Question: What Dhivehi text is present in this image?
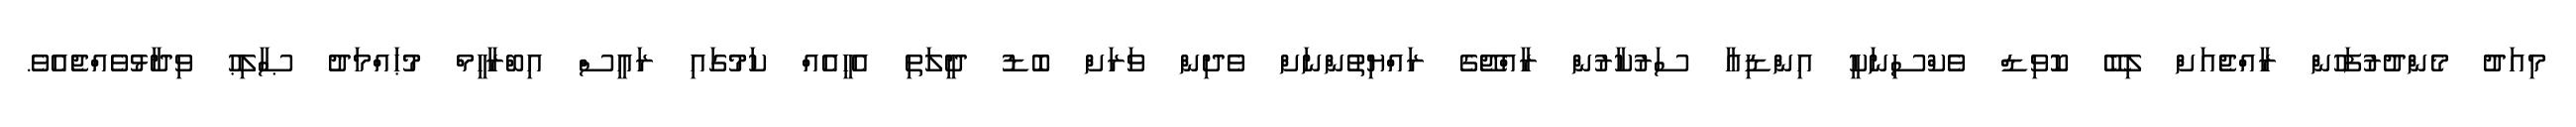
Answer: މިއަދު މެންދުރުފަހުން ރާއްޖެއަށް ލިބޭ ކޮވިޑް ވެކްސިނަކީ އިންޑިއާ ސަރުކާރުން ރާއްޖޭގެ ރައްޔިތުންނަށް ވެދިން ވަރަށް ބޮޑު ދީލަތި އެހީއެއް ކަމުގައި ރައީސް އިބްރާހީމް މުޙައްމަދު ޞާލިޙު ވިދާޅުވެއްޖެއެވެ.